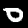
Label: 0